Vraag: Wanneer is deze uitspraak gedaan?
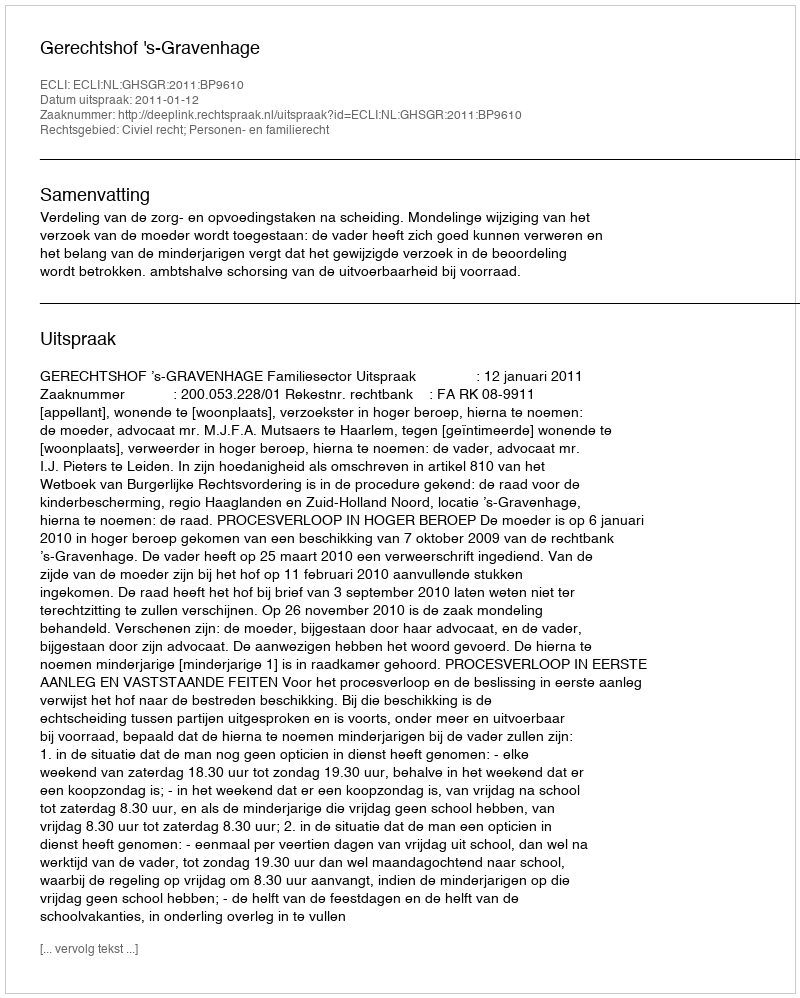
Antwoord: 2011-01-12